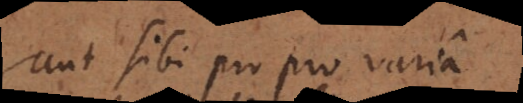
aut sibi pro pro varia